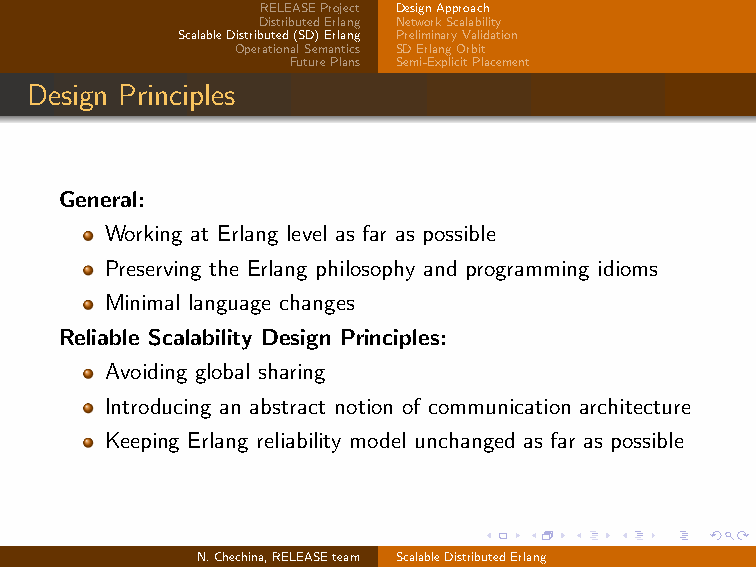
RELEASEProject DesignApproach
 DistributedErlang NetworkScalability
 ScalableDistributed(SD)Erlang PreliminaryValidation
 OperationalSemantics SDErlangOrbit
 FuturePlans Semi-ExplicitPlacement
 Design Principles
 General:
 Working at Erlang level as far as possible
 Preserving the Erlang philosophy and programming idioms
 Minimal language changes
 Reliable Scalability Design Principles:
 Avoiding global sharing
 Introducing an abstract notion of communication architecture
 Keeping Erlang reliability model unchanged as far as possible
 N.Chechina,RELEASEteam ScalableDistributedErlang